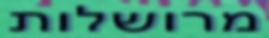
מרושלות